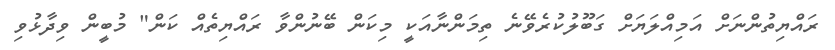
ރައްޔިތުންނަށް އަމިއްލަޔަށް ގަބޫލުކުރެވޭނެ ތިމަންނާއަކީ މިކަން ބޭނުންވާ ރައްޔިތެއް ކަން" މުބީން ވިދާޅުވި